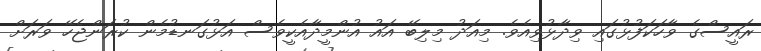
ރައީސްގެ ވާހަކަފުޅުގައި ވިދާޅުވިއެވެ. މިއަދު މިލިބޭ އައު އުންމީދާއެކީވެސް އަޅުގަނޑުމެން ކުރަންޖެހޭ ވަރަށް